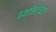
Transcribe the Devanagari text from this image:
ध्वनिचित